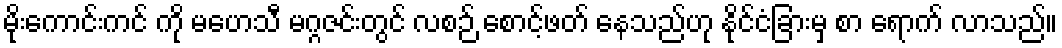
မိုးကောင်းကင် ကို မဟေသီ မဂ္ဂဇင်းတွင် လစဉ် စောင့်ဖတ် နေသည်ဟု နိုင်ငံခြားမှ စာ ရောက် လာသည်။